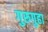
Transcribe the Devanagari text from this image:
गुरुगुहा